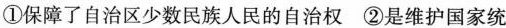
①保障了自治区少数民族人民的自治权 ②是维护国家统